Civil Veterinary Department Bihar & Orissa reports 1929-36 - 1929-1936
Year: 1929
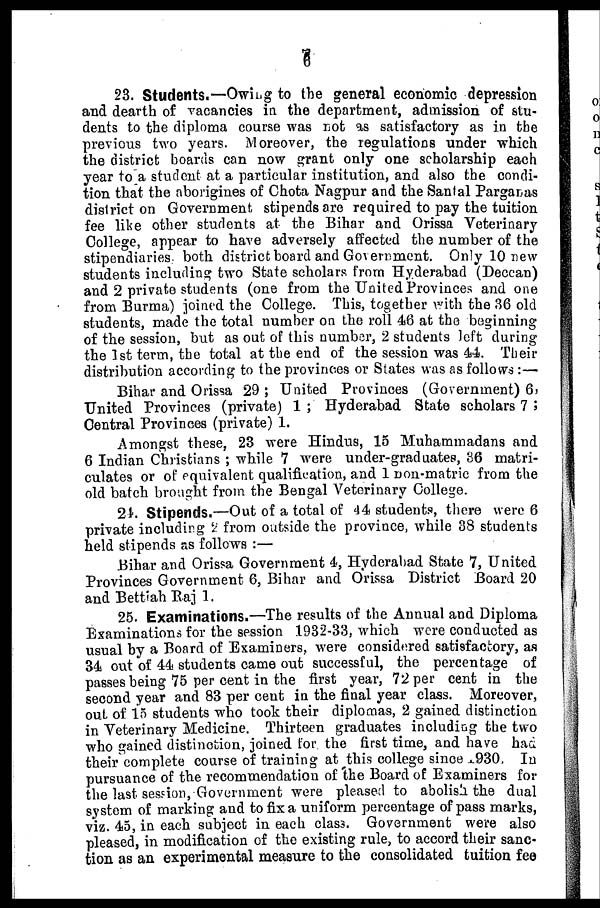
6
23. Students.—Owing to the general economic depression
and dearth of vacancies in the department, admission of stu-
dents to the diploma course was not as satisfactory as in the
previous two years. Moreover, the regulations under which
the district boards can now grant only one scholarship each
year to a student at a particular institution, and also the condi-
tion that the aborigines of Chota Nagpur and the Sanfal Parganas
district on Government stipends are required to pay the tuition
fee like other students at the Bihar and Orissa Veterinary
College, appear to have adversely affected the number of the
stipendiaries, both district board and Government. Only 10 new
students including two State scholars from Hyderabad (Deccan)
and 2 private students (one from the United Provinces and one
from Burma) joined the College. This, together with the 36 old
students, made the total number on the roll 46 at the beginning
of the session, but as out of this number, 2 students left during
the 1st term, the total at the end of the session was 44. Their
distribution according to the provinces or States was as follows :—
Bihar and Orissa 29 ; United Provinces (Government) 6
United Provinces (private) 1 ; Hyderabad State scholars 7 ;
Central Provinces (private) 1.
Amongst these, 23 were Hindus, 15 Muhammadans and
6 Indian Christians ; while 7 were under-graduates, 86 matri-
culates or of equivalent qualification, and 1 non-matric from the
old batch brought from the Bengal Veterinary College.
24. Stipends.—Out of a total of 44 students, there were 6
private including 2 from outside the province, while 38 students
held stipends as follows :—
Bihar and Orissa Government 4, Hyderabad State 7, United
Provinces Government 6, Bihar and Orissa District Board 20
and Bettiah Raj 1.
25. Examinations.—The results of the Annual and Diploma
Examinations for the session 1932-33, which were conducted as
usual by a Board of Examiners, were considered satisfactory, as
34 out of 44 students came out successful, the percentage of
passes being 75 per cent in the first year, 72 per cent in the
second year and 83 per cent in the final year class. Moreover,
out of 15 students who took their diplomas, 2 gained distinction
in Veterinary Medicine. Thirteen graduates including the two
who gained distinction, joined for. the first time, and have had
their complete course of training at this college since 1930, In
pursuance of the recommendation of the Board of Examiners for
the last session, Government were pleased to abolish the dual
system of marking and to fix a uniform percentage of pass marks,
viz. 45, in each subject in each class. Government were also
pleased, in modification of the existing rule, to accord their sanc-
tion as an experimental measure to the consolidated tuition fee